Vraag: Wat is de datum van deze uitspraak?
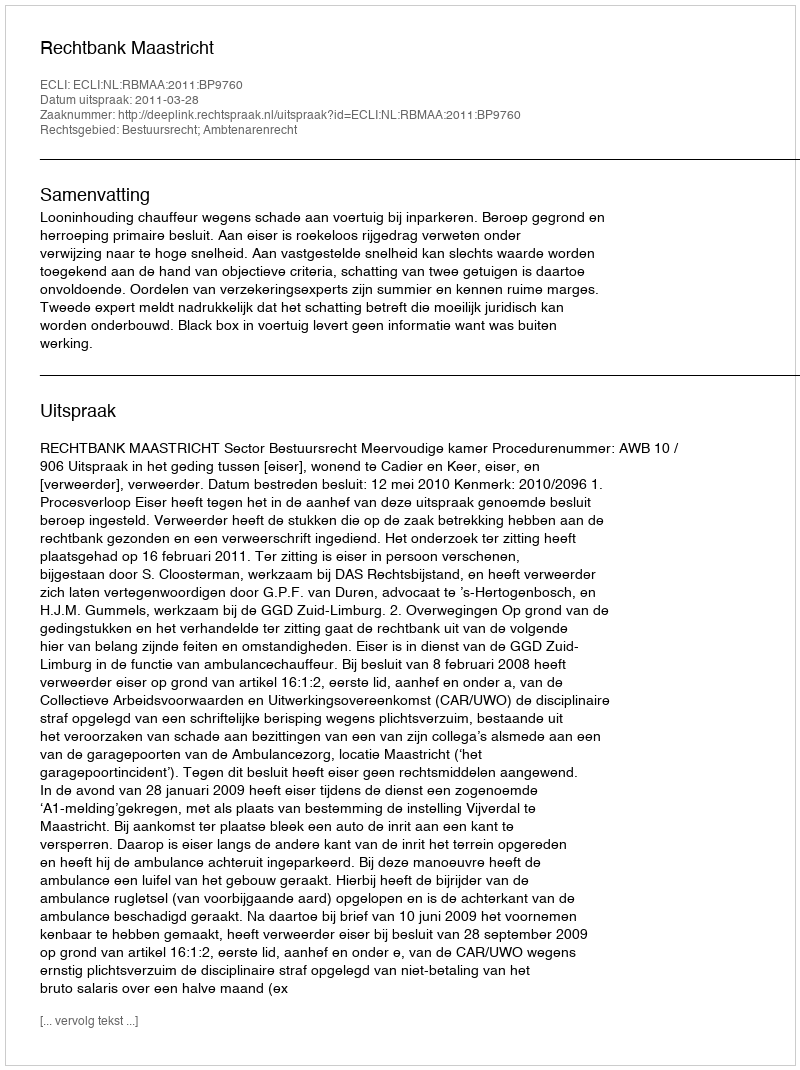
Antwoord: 2011-03-28